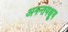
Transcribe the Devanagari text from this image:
अनन्तयक्षुय